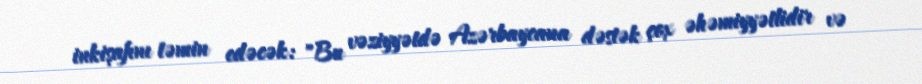
inkişafını təmin edəcək: "Bu vəziyyətdə Azərbaycana dəstək çox əhəmiyyətlidir və